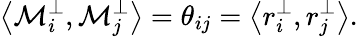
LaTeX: \left<{\mathcal{M}_{i}^{\perp},\mathcal{M}_{j}^{\perp}}\right>=\theta_{ij}=\left<{r_{i}^{\perp},r_{j}^{\perp}}\right>.